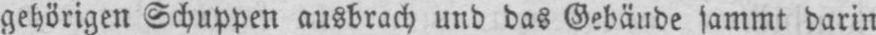
gehörigen Schuppen ausbrach und das Gebäude sammt darin